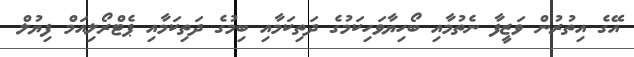
އޭގެ އިތުރުން ވަޒީފާ ނެތުމާއި ބޯހިޔާވަހިކަމުގެ ދަތިކަމާއި ބިމުގެ ދަތިކަމާއި ޕެޓްރޯލިއަމް ފިޔުލް